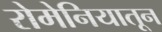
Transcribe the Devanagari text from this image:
रोमेनियातून